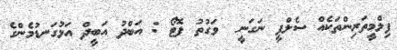
ފިލްމީތަރިންތަކެއް ސެލްފީ ނަގަނީ  ވަގުތު ފޮޓޯ : އަބްދު އަބީދް އަޅުގަނޑުމެންގެ